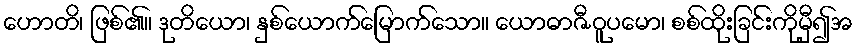
ဟောတိ၊ ဖြစ်၏။ ဒုတိယော၊ နှစ်ယောက်မြောက်သော။ ယောဓာဇီဝူပမော၊ စစ်ထိုးခြင်းကိုမှီ၍အ